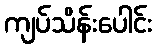
ကျပ်သိန်းပေါင်း